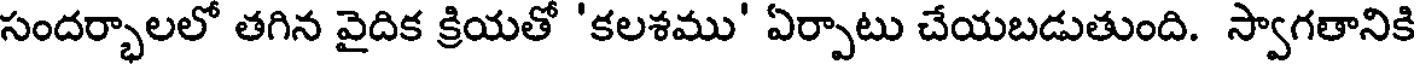
సందర్భాలలో తగిన వైదిక క్రియతో 'కలశము' ఏర్పాటు చేయబడుతుంది. స్వాగతానికి